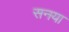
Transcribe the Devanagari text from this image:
सनया